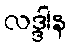
လဒ္ဒါန